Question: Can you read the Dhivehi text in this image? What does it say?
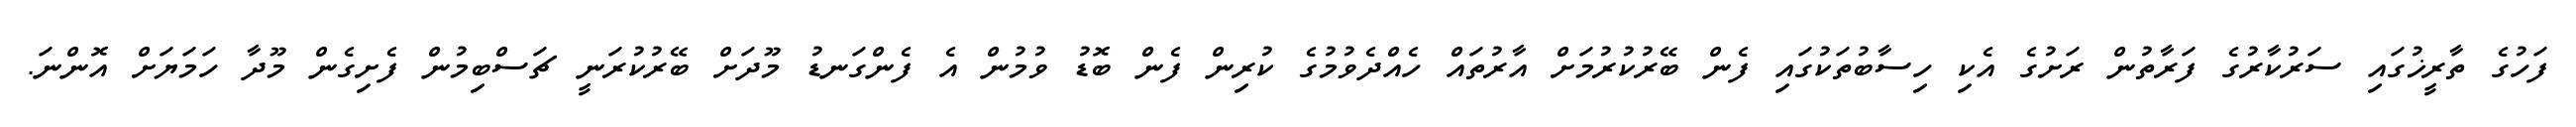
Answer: ފަހުގެ ތާރީޚުގައި ސަރުކާރުގެ ފަރާތުން ރަށުގެ އެކި ހިސާބުތަކުގައި ފެން ބޭރުކުރުމަށް އާރުތައް ހެއްދެވުމުގެ ކުރިން ފެން ބޮޑު ވުމުން އެ ފެންގަނޑު މޫދަށް ބޭރުކުރަނީ ޗަސްބިމުން ފެށިގެން މޫދާ ހަމަޔަށް އޮންނަ.